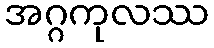
အဂ္ဂကုလဿ